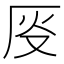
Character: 𫨈